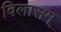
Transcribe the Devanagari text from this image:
विलासम्